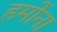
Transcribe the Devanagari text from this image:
हमोंना